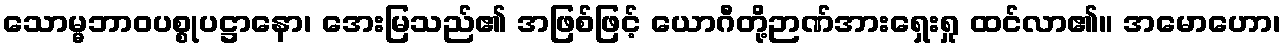
သောမ္မဘာဝပစ္စုပဋ္ဌာနော၊ အေးမြသည်၏ အဖြစ်ဖြင့် ယောဂီတို့ဉာဏ်အားရှေးရှု ထင်လာ၏။ အမောဟော၊